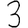
Digit: 3